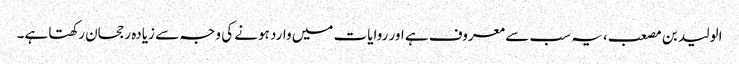
الولید بن مصعب، یہ سب سے معروف ہے اور روایات میں وارد ہونے کی وجہ سے زیادہ رجحان رکھتا ہے۔